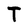
Character: T